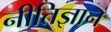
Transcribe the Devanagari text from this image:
नीतिज्ञान